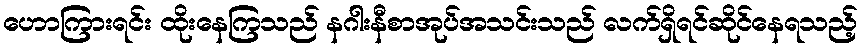
ဟောကြားရင်း ထိုးနေကြသည် နဂါးနီစာအုပ်အသင်းသည် လက်ရှိရင်ဆိုင်နေရသည့်